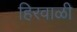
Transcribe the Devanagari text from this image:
हिरवाळी